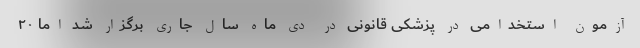
آزمون استخدامی در پزشکی قانونی در دی ماه سال جاری برگزار شد اما ۲۰